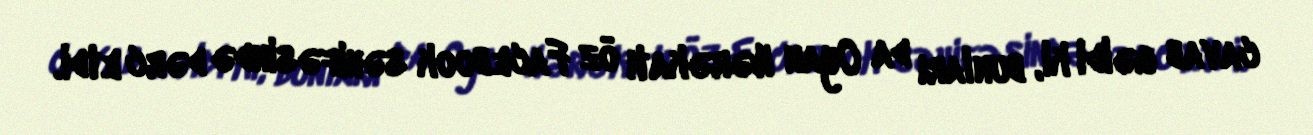
cavab gəldi ki, bunları da Oyan Hərəkatı öz Facebook səhifəsində dərc etdi.